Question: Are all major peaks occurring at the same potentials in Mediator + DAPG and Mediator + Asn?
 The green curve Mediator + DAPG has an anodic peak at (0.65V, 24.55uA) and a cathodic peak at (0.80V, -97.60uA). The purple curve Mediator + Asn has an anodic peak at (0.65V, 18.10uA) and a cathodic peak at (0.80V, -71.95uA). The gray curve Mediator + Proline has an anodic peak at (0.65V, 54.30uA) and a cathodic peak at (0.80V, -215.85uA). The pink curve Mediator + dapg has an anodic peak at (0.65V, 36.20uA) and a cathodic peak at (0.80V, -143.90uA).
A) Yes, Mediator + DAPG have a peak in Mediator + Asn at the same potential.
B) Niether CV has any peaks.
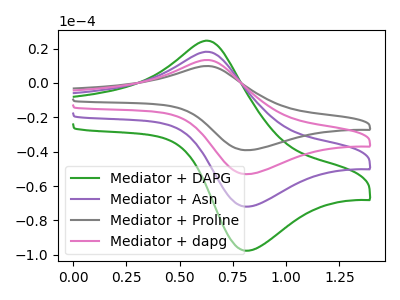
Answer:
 <answer>A) Yes, "Mediator + DAPG" have a peak in "Mediator + Asn" at the same potential.</answer>
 <eval>A</eval>